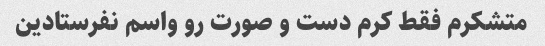
متشکرم فقط کرم دست و صورت رو واسم نفرستادین